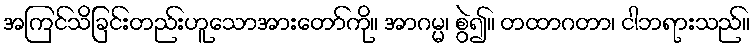
အကြင်သိခြင်းတည်းဟူသောအားတော်ကို။ အာဂမ္မ၊ စွဲ၍။ တထာဂတာ၊ ငါဘရားသည်။